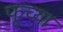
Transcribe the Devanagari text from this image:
फूच्या